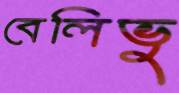
বেলিভু